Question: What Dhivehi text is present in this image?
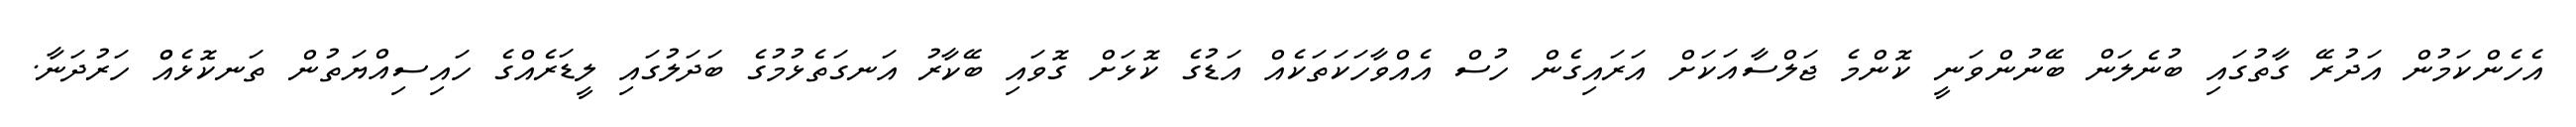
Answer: އެހެންކަމުން އަދުރޭ ގާތުގައި ބުނެލަން ބޭނުންވަނީ ކޮންމެ ޖަލްސާއަކަށް އަރައިގެން ހުސް އެއްވާހަކަތަކެއް އަޑުގެ ކޮޅަށް ގޮވައި ބޭކާރު އަނގަތެޅުމުގެ ބަދަލުގައި ލީޑަރެއްގެ ހައިސިއްޔަތުން ތަނކޮޅެއްް ހަރުދަނާ.